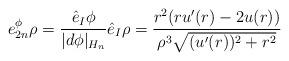
LaTeX: \begin{align*}e_{2n}^{\phi }\rho =\frac{\hat{e}_{I}\phi }{|d\phi |_{H_{n}}}\hat{e}_{I}\rho=\frac{r^{2}(ru^{\prime }(r)-2u(r))}{\rho ^{3}\sqrt{(u^{\prime}(r))^{2}+r^{2}}} \end{align*}